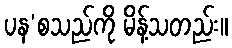
ပန’စသည်ကို မိန့်သတည်း။